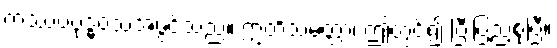
ကဿပဗုဒ္ဓဝံသအဖွင့်သည်။ ဣတိသမတ္တာ၊ ဤတွင်၍ ပြီးပြည့်စုံပြီ။